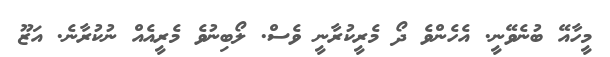
މީހާއޭ ބުނެވޭނީ. އެހެންވެ ދޯ މެރީކުރާނީ ވެސް. ލޯބިނުވެ މެރީއެއް ނުކުރާނެ. އަޒޫ